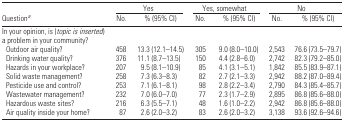
<table><thead><tr><td></td><td colspan="2"><b>Yes</b></td><td colspan="2"><b>Yes, somewhat</b></td><td colspan="2"><b>No</b></td></tr><tr><td><b>Question<i><sup>a</sup></i></b></td><td><b>No.</b></td><td><b>% (95% CI)</b></td><td><b>No.</b></td><td><b>% (95% CI)</b></td><td><b>No.</b></td><td><b>% (95% CI)</b></td></tr></thead><tbody><tr><td colspan="7">In your opinion, is (<i>topic is inserted</i>) a problem in your community?</td></tr><tr><td> Outdoor air quality?</td><td>458</td><td>13.3 (12.1–14.5)</td><td>305</td><td>9.0 (8.0–10.0)</td><td>2,543</td><td>76.6 (73.5–79.7)</td></tr><tr><td> Drinking water quality?</td><td>376</td><td>11.1 (8.7–13.5)</td><td>150</td><td>4.4 (2.8–6.0)</td><td>2,742</td><td>82.3 (79.2–85.0)</td></tr><tr><td> Hazards in your workplace?</td><td>207</td><td>9.5 (8.1–10.9)</td><td>85</td><td>4.1 (3.1–5.1)</td><td>1,842</td><td>85.5 (83.9–87.1)</td></tr><tr><td> Solid waste management?</td><td>258</td><td>7.3 (6.3–8.3)</td><td>82</td><td>2.7 (2.1–3.3)</td><td>2,942</td><td>88.2 (87.0–89.4)</td></tr><tr><td> Pesticide use and control?</td><td>253</td><td>7.1 (6.1–8.1)</td><td>98</td><td>2.8 (2.2–3.4)</td><td>2,790</td><td>84.3 (85.4–85.7)</td></tr><tr><td> Wastewater management?</td><td>232</td><td>7.0 (6.0–7.0)</td><td>77</td><td>2.3 (1.7–2.9)</td><td>2,895</td><td>86.8 (85.6–88.0)</td></tr><tr><td> Hazardous waste sites?</td><td>216</td><td>6.3 (5.5–7.1)</td><td>48</td><td>1.6 (1.0–2.2)</td><td>2,942</td><td>86.8 (85.6–88.0)</td></tr><tr><td> Air quality inside your home?</td><td>87</td><td>2.6 (2.0–3.2)</td><td>83</td><td>2.6 (2.0–3.2)</td><td>3,138</td><td>93.6 (92.6–94.6)</td></tr></tbody></table>